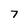
Character: 7